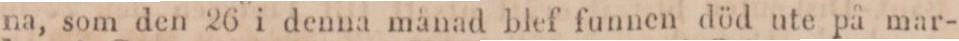
na, som den 26 i denna månad blef funnen död ute på mar-